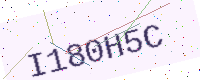
Text: I180H5C